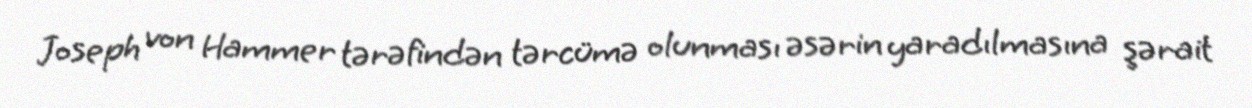
Joseph von Hammer tərəfindən tərcümə olunması əsərin yaradılmasına şərait